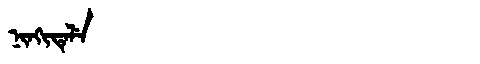
Manchu: ᠨᡳᠨᡴᡳᡨᡝᠯᡝ
Romanization: NINKITELE